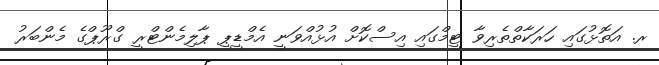
ރ. އަތޮޅުގައި ހަރަކާތްތެރިވާ ޓީމްގައި އިސްކޮށް އުޅުއްވަނީ އެމްޑީޕީ ޕާލިމެންޓްރީ ގްރޫޕްގެ މެންބަރު